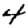
Digit: 4